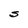
Character: S